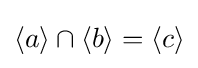
\langle a\rangle \cap \langle b\rangle =\langle c\rangle